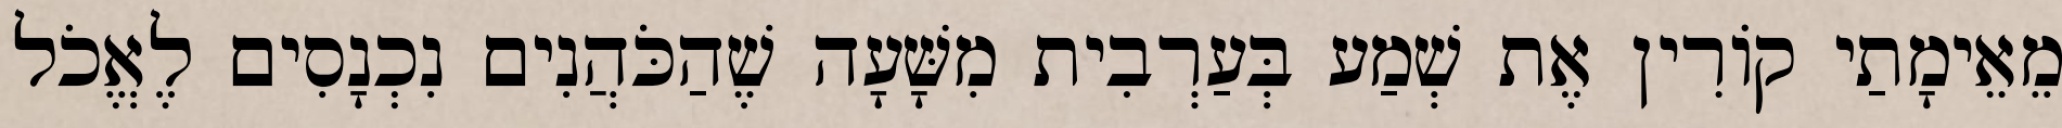
מֵאֵימָתַי קוֹרִין אֶת שְׁמַע בְּעַרְבִית מִשָּׁעָה שֶׁהַכֹּהֲנִים נִכְנָסִים לֶאֱכֹל